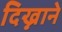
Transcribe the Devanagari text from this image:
दिख्नाने